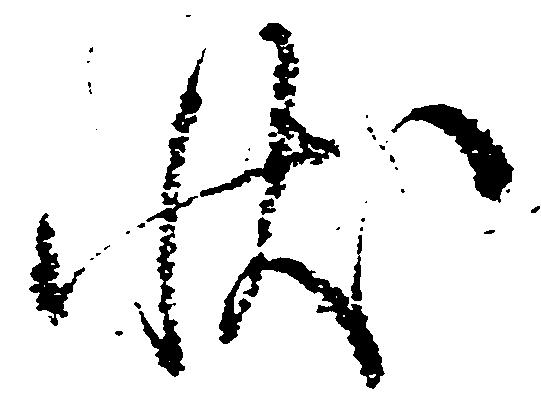
状